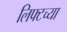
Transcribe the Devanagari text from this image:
लिफ्टच्या